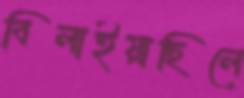
বিলাইয়াছিলে